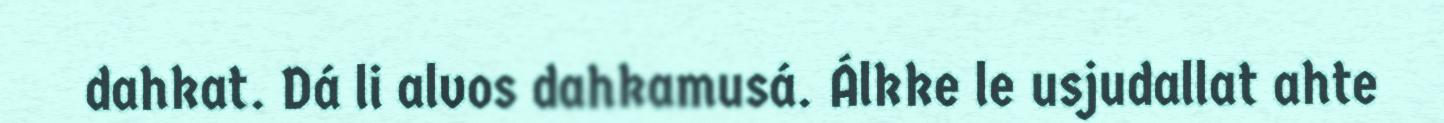
dahkat. Dá li alvos dahkamusá. Álkke le usjudallat ahte